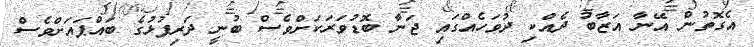
އެގޮތުން އޭނާ އަޒާބު ދެއްކި ދުވަހެއްގައި ޖަނާ ބޮޑުވަރަކަށްވެސް ބުނީ ދަރިފުޅުގެ ބައްޕައަށްވެސް